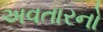
અવતારનો